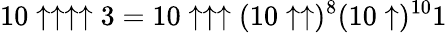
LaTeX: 10\uparrow\uparrow\uparrow\uparrow 3=10\uparrow\uparrow\uparrow(10\uparrow\uparrow)^{8}(10\uparrow)^{10}1